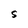
Character: s